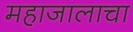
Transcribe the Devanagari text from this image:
महाजालाचा